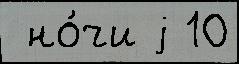
 но́чи j 10